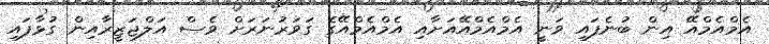
އެމްއެމްއޭ އިން ބުނެފައި ވަނީ އެމްއެމްއޭއަށާއި އެމްއެމްއޭގެ ގަވަރުނަރަށް ވެސް އަލްޖަޒީރާއިން ގުޅާފައި